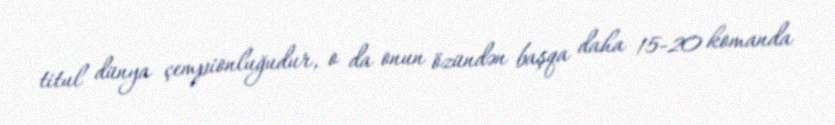
titul dünya çempionluğudur, o da onun özündən başqa daha 15-20 komanda